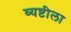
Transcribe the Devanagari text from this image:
व्यष्टीला